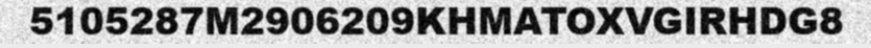
5105287M2906209KHMATOXVGIRHDG8